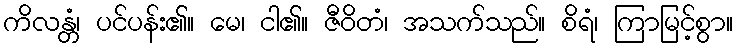
ကိလန္တံ၊ ပင်ပန်း၏။ မေ၊ ငါ၏။ ဇီဝိတံ၊ အသက်သည်။ စိရံ၊ ကြာမြင့်စွာ။